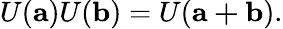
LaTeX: U(\mathbf{a})U(\mathbf{b})=U(\mathbf{a+b}).